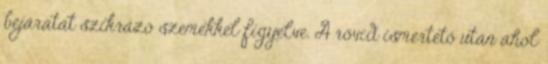
bejáratát szikrázó szemekkel figyelve. A rövid ismertető után ahol